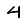
Digit: 4